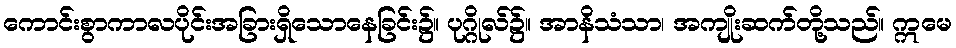
ကောင်းစွာကာလပိုင်းအခြားရှိသောနေခြင်း၌။ ပုဂ္ဂိုလ်၌။ အာနိသံသာ၊ အကျိုးဆက်တို့သည်။ ဣမေ